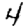
Digit: 4